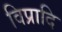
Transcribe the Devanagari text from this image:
विप्रादि